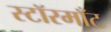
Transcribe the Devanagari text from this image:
स्टॉरमाँट